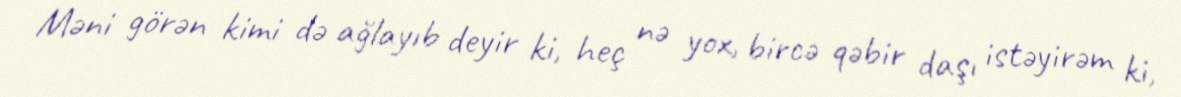
Məni görən kimi də ağlayıb deyir ki, heç nə yox, bircə qəbir daşı istəyirəm ki,